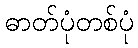
ဓာတ်ပုံတစ်ပုံ